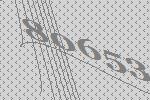
80653